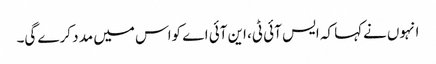
انہوں نےکہا کہ ایس آئی ٹی، این آئی اے کواس میں مد د کرے گی۔